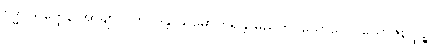
ဗုဒ္ဓပသတ္ထေန အာချာတိကပဒန္တိ သမောကိရန္တိ မညတိပ္ပယောဂေ ပယောဇနတ္ထဉ္စ